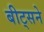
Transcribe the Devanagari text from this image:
बीट्सने